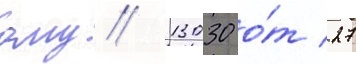
ому/ 13030 о́т 27